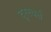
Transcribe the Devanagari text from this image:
दूररवर्त